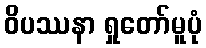
ဝိပဿနာ ရှုတော်မူပုံ